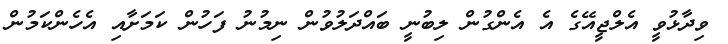
ވިދާޅުވީ އެލްޖީއޭގެ އެ އެންގުން ލިބުނީ ބައްދަލުވުން ނިމުނު ފަހުން ކަމަށާއި އެހެންކަމުން